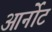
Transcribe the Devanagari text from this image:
आर्नोट